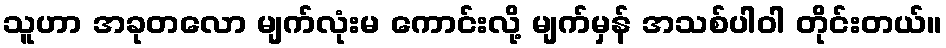
သူဟာ အခုတလော မျက်လုံးမ ကောင်းလို့ မျက်မှန် အသစ်ပါဝါ တိုင်းတယ်။